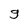
Character: 9